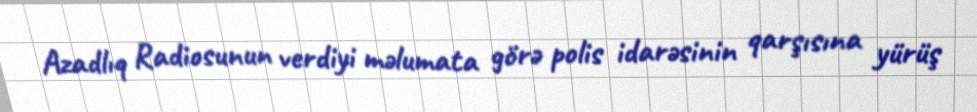
Azadlıq Radiosunun verdiyi məlumata görə polis idarəsinin qarşısına yürüş